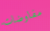
مفاوضات